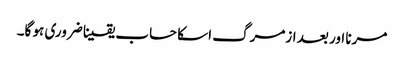
مرنا اور بعد ازمرگ اسکا حساب یقینا ضروری ہو گا۔